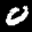
Label: 0